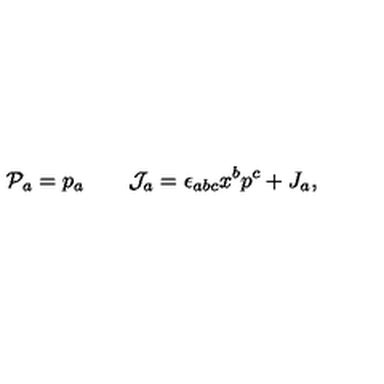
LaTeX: { \cal P } _ { a } = p _ { a } \qquad { \cal J } _ { a } = \epsilon _ { a b c } x ^ { b } p ^ { c } + J _ { a } ,